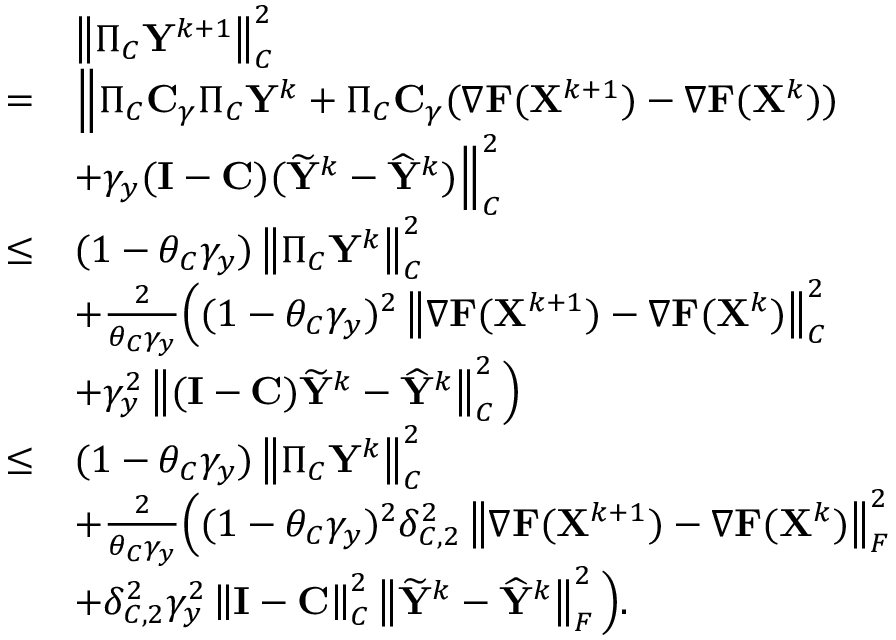
\begin{array} { r l } & { \left\| \Pi _ { C } { \mathbf { Y } } ^ { k + 1 } \right\| _ { C } ^ { 2 } } \\ { = } & { \Big \Vert \Pi _ { C } { \mathbf { C } } _ { \gamma } \Pi _ { C } { \mathbf { Y } } ^ { k } + \Pi _ { C } { \mathbf { C } } _ { \gamma } ( \nabla { \mathbf { F } } ( { \mathbf { X } } ^ { k + 1 } ) - \nabla { \mathbf { F } } ( { \mathbf { X } } ^ { k } ) ) } \\ & { + \gamma _ { y } ( { \mathbf { I } } - { \mathbf { C } } ) ( \widetilde { { \mathbf { Y } } } ^ { k } - \widehat { { \mathbf { Y } } } ^ { k } ) \Big \Vert _ { C } ^ { 2 } } \\ { \leq } & { ( 1 - \theta _ { C } \gamma _ { y } ) \left\| \Pi _ { C } { \mathbf { Y } } ^ { k } \right\| _ { C } ^ { 2 } } \\ & { + \frac { 2 } { \theta _ { C } \gamma _ { y } } \Big ( ( 1 - \theta _ { C } \gamma _ { y } ) ^ { 2 } \left\| \nabla { \mathbf { F } } ( { \mathbf { X } } ^ { k + 1 } ) - \nabla { \mathbf { F } } ( { \mathbf { X } } ^ { k } ) \right\| _ { C } ^ { 2 } } \\ & { + \gamma _ { y } ^ { 2 } \left\| ( { \mathbf { I } } - { \mathbf { C } } ) \widetilde { { \mathbf { Y } } } ^ { k } - \widehat { { \mathbf { Y } } } ^ { k } \right\| _ { C } ^ { 2 } \Big ) } \\ { \leq } & { ( 1 - \theta _ { C } \gamma _ { y } ) \left\| \Pi _ { C } { \mathbf { Y } } ^ { k } \right\| _ { C } ^ { 2 } } \\ & { + \frac { 2 } { \theta _ { C } \gamma _ { y } } \Big ( ( 1 - \theta _ { C } \gamma _ { y } ) ^ { 2 } \delta _ { C , 2 } ^ { 2 } \left\| \nabla { \mathbf { F } } ( { \mathbf { X } } ^ { k + 1 } ) - \nabla { \mathbf { F } } ( { \mathbf { X } } ^ { k } ) \right\| _ { F } ^ { 2 } } \\ & { + \delta _ { C , 2 } ^ { 2 } \gamma _ { y } ^ { 2 } \left\| { \mathbf { I } } - { \mathbf { C } } \right\| _ { C } ^ { 2 } \left\| \widetilde { { \mathbf { Y } } } ^ { k } - \widehat { { \mathbf { Y } } } ^ { k } \right\| _ { F } ^ { 2 } \Big ) . } \end{array}